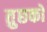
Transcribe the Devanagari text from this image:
तुछको